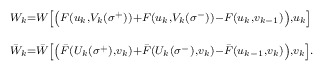
\begin{align*}\begin{array}{l}^{W_k=W\left[ \left( F(u_k,V_k(\sigma ^{+}))+F(u_k,V_k(\sigma^{-}))-F(u_k,v_{k-1})\right) ,u_k\right] }\\_{\bar W_k=\bar W\left[ \left( \bar F(U_k(\sigma ^{+}),v_k)+\bar F(U_k(\sigma^{-}),v_k)-\bar F(u_{k-1},v_k)\right) ,v_k\right] .}\end{array}\end{align*}